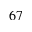
^ { 6 7 }